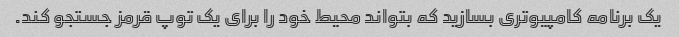
یک برنامه کامپیوتری بسازید که بتواند محیط خود را برای یک توپ قرمز جستجو کند.